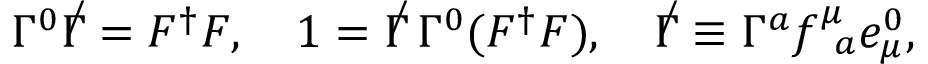
\Gamma ^ { 0 } { \not \Gamma } = { \cal F } ^ { \dag } { \cal F } , ~ ~ ~ 1 = { \not \Gamma } \, \Gamma ^ { 0 } ( { \cal F } ^ { \dag } { \cal F } ) , ~ ~ ~ { \not \Gamma } \equiv \Gamma ^ { a } f _ { ~ a } ^ { \mu } e _ { \mu } ^ { 0 } ,